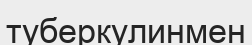
туберкулинмен